Veski_algkool, lk 29
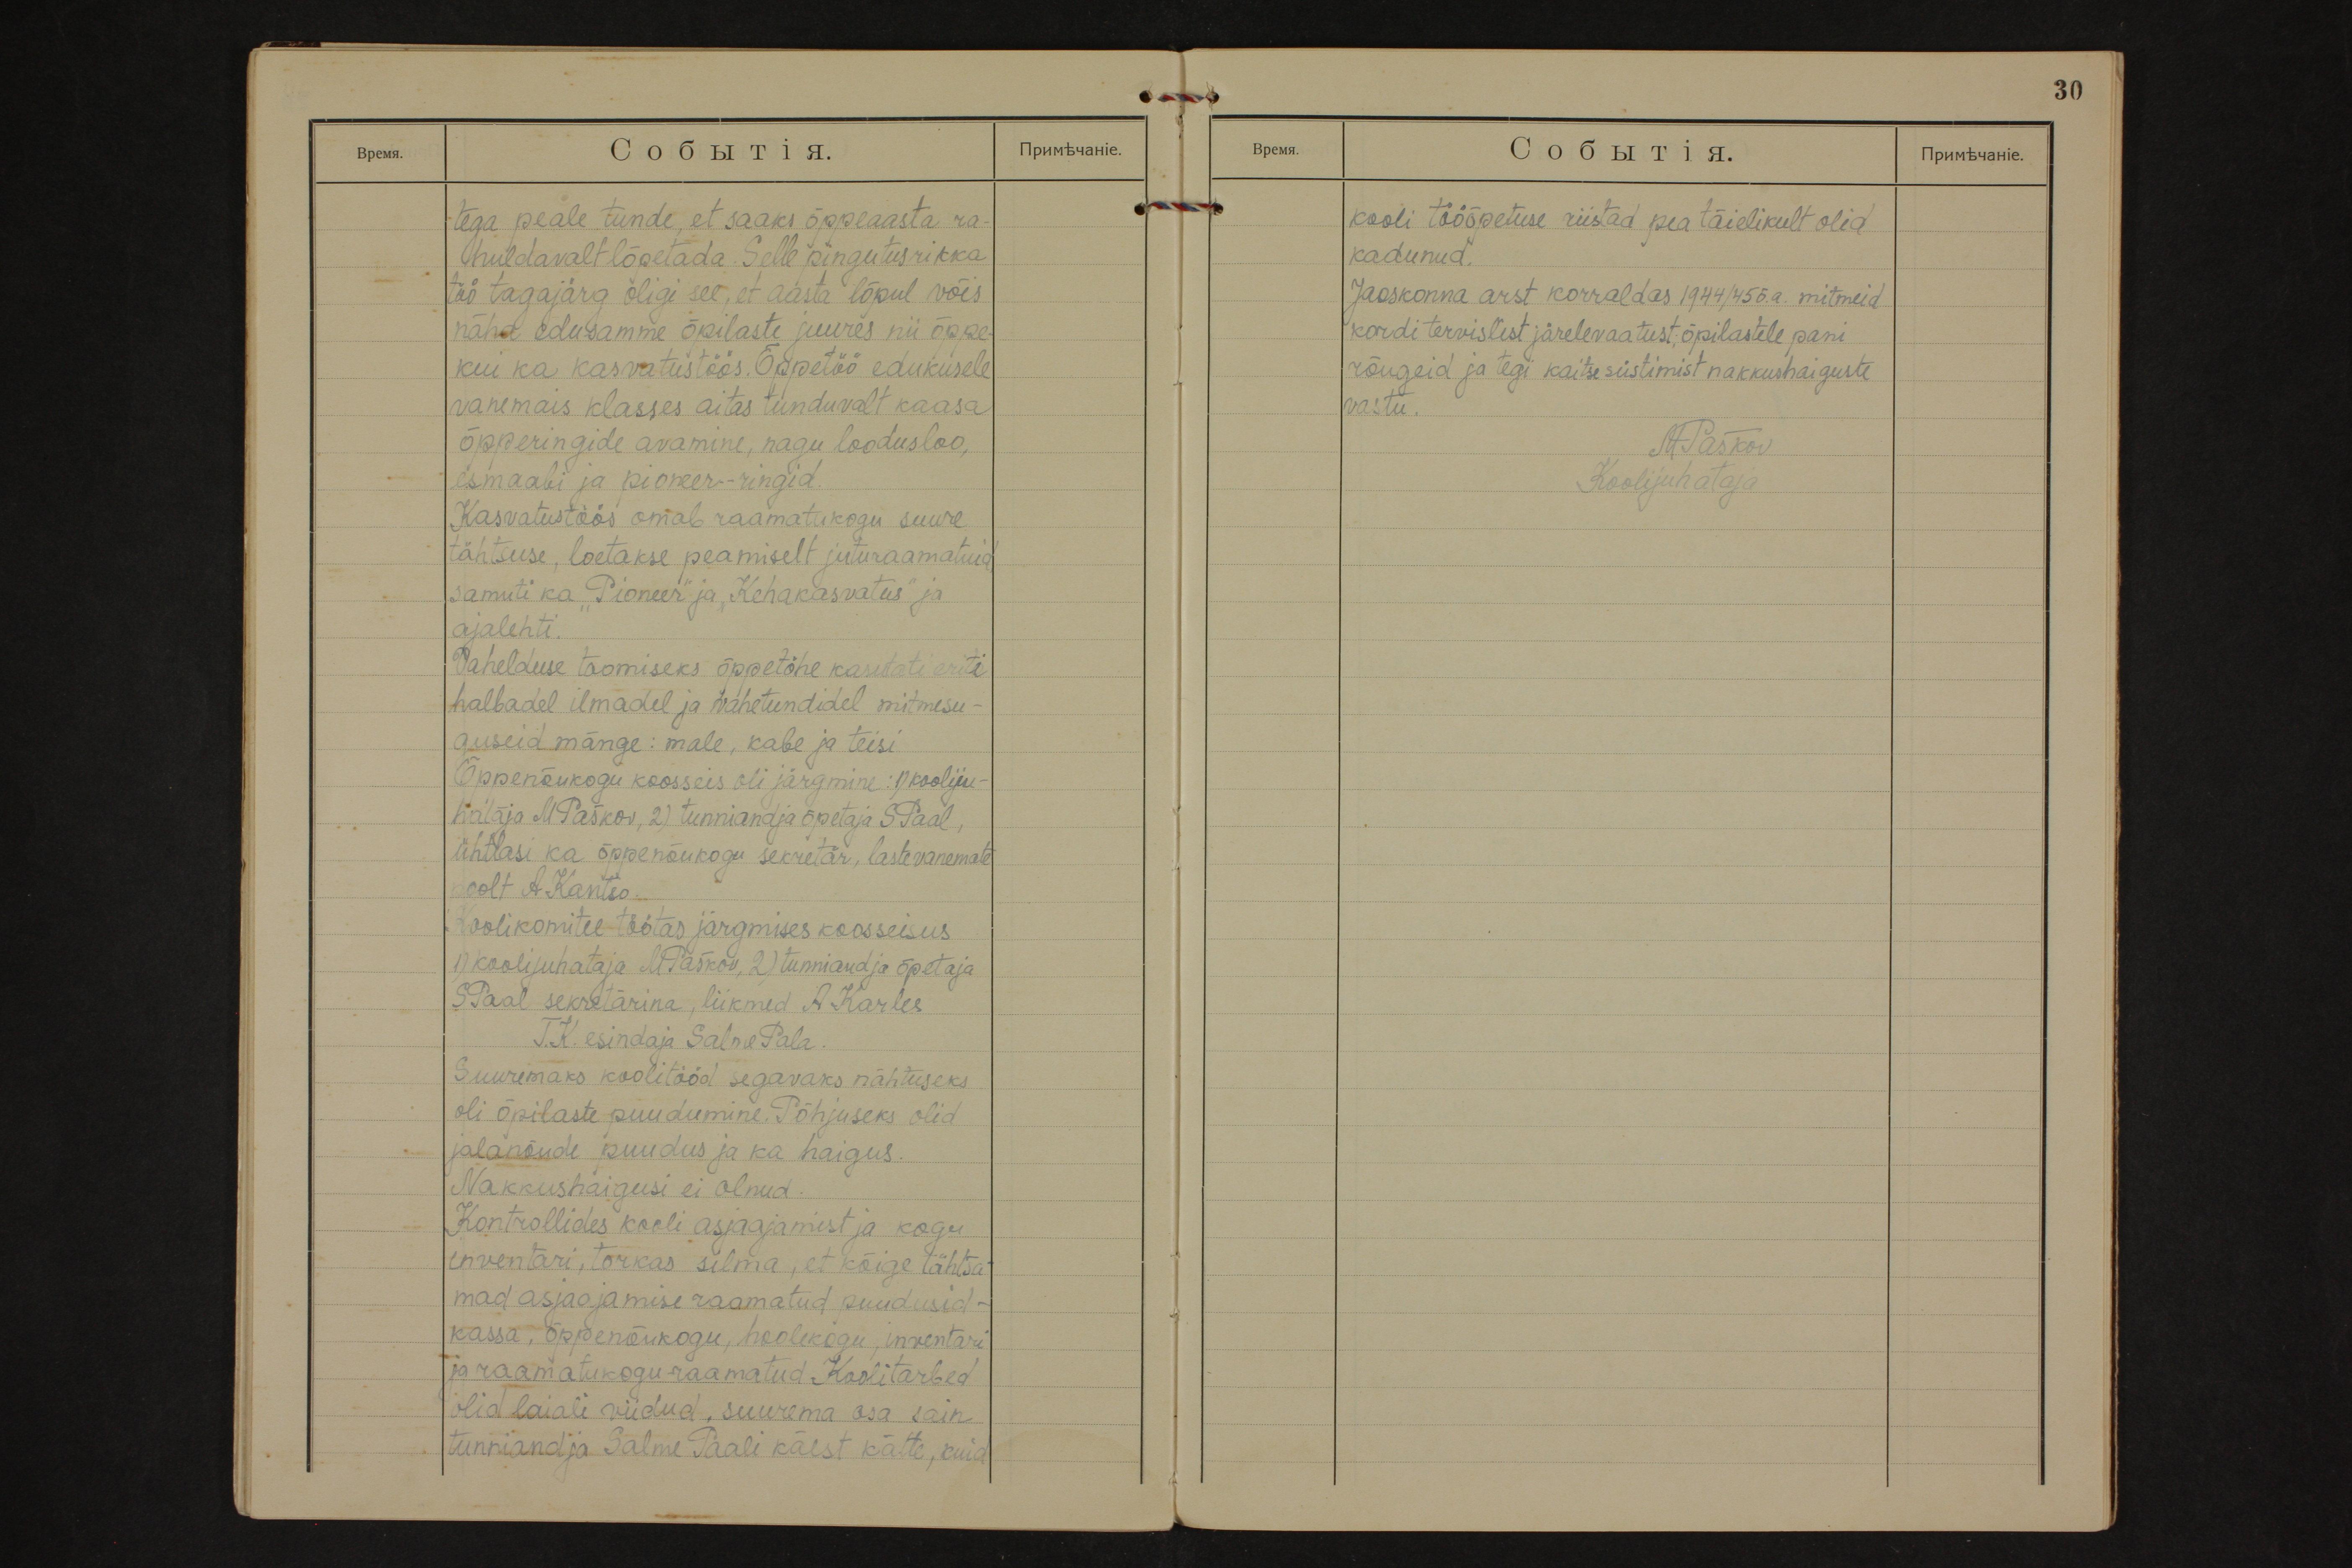
tega peale tunde, et saaks õppeaasta ra-
huldavalt lõpetada. Selle pingutusrikka
töö tagajärg oligi see, et aasta lõpul võis
näha edusamme õpilaste juures nii õppe-
kui ka kasvatustöös. Õppetöö edukusele
vanemais klasses aitas tunduvalt kaasa
õpperingide avamine, nagu loodusloo,
esmaabi ja pioneer-ringid.
Kasvatustöös omab raamatukogu suure
tähtsuse, loetakse peamiselt juturaamatuid,
samuti ka ,,Pioneer" ja "Kehakasvatus" ja
ajalehti.
Vahelduse toomiseks õppetöhe kasutati eriti
halbadel ilmadel ja vahetundidel mitmesu-
guseid mänge: male, kabe ja teisi
Õppenõukogu koosseis oli järgmine: 1) koolju-
hataja MPaškov, 2) tunniandja õpetaja SPaal,
ühtlasi ka õppenõukogu sekretär, lastevanemate
poolt A Kantso.
Koolikomitee töötas järgmises koosseisus
1) koolijuhataja MPaškov, 2) tunniandja õpetaja
SPaal sekretärina, liikmed A Karles
T.K. esindaja Salme Pala.
Suuremaks koolitööd segavaks nähtuseks
oli õpilaste puudumine. Põhjuseks olid
jalanõude puudus ja ka haigus.
Nakkushaigusi ei olnud.
Kontrollides kooli asjaajamist ja kogu
inventari, torkas silma, et kõige tähtsa-
mad asjaajamise raamatud puudusid -
kassa, õppenõukogu, hoolekogu, inventari
ja raamatukogu raamatud. Koolitarbed
olid laiali viidud, suurema osa sain
tunniandja Salme Paali käest kätte, kuid

30
kooli tööõpetuse riistad pea täielikult olid
kadunud.
Jaoskonna arst korraldas 1944/45 õ.a. mitmeid
kordi tervislist järelevaatust; õpilastele pani
rõugeid ja tegi kaitsesüstimist nakkushaiguste
vastu.
MPaškov
Koolijuhataja